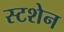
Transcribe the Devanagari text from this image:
स्टशेन